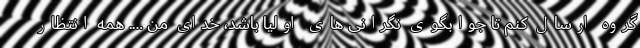
گروه ارسال کنم تا جوابگوی نگرانی های اولیا باشد، خدای من …. همه انتظار